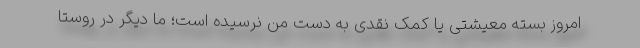
امروز بسته معیشتی یا کمک نقدی به دست من نرسیده است؛ ما دیگر در روستا